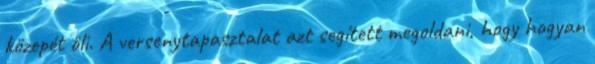
közepét öli. A versenytapasztalat azt segített megoldani, hogy hogyan